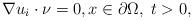
LaTeX: \begin{align*}\nabla u_i \cdot \nu = 0,x\in \partial \Omega,\; t>0,\end{align*}